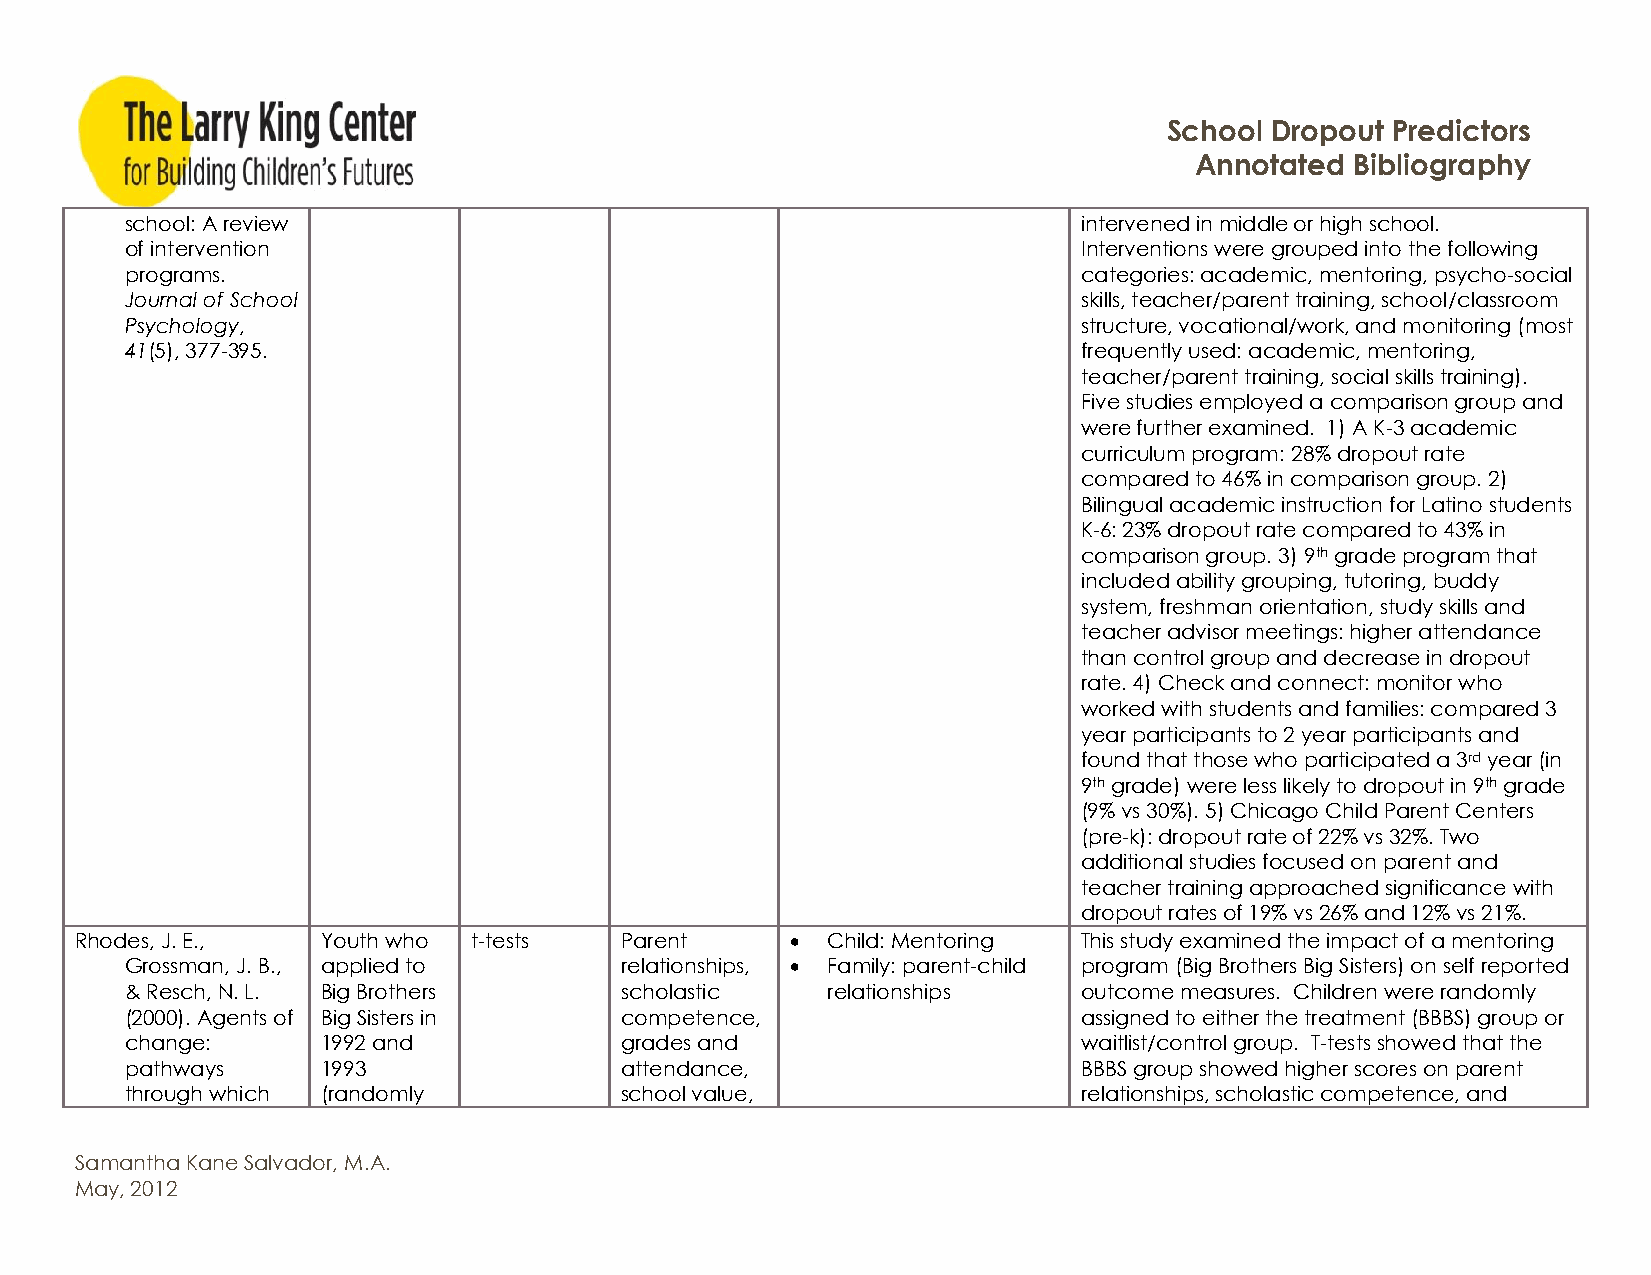
School Dropout Predictors
 Annotated  Bibliography
 school: A review                                                intervened in middle or high school.
 of intervention                                                 Interventions were grouped into the following
 programs.                                                       categories: academic, mentoring, psycho-social
 Journal of School                                               skills, teacher/parent training, school/classroom
 Psychology,                                                     structure, vocational/work, and monitoring (most
 41(5), 377-395.                                                 frequently used: academic, mentoring,
 teacher/parent training, social skills training).
 Five studies employed a comparison group and
 were further examined. 1) A K-3 academic
 curriculum program: 28% dropout rate
 compared to 46% in comparison group. 2)
 Bilingual academic instruction for Latino students
 K-6: 23% dropout rate compared to 43% in
 comparison group. 3) 9th grade program that
 included ability grouping, tutoring, buddy
 system, freshman orientation, study skills and
 teacher advisor meetings: higher attendance
 than control group and decrease in dropout
 rate. 4) Check and connect: monitor who
 worked with students and families: compared 3
 year participants to 2 year participants and
 found that those who participated a 3rd year (in
 9th grade) were less likely to dropout in 9th grade
 (9% vs 30%). 5) Chicago Child Parent Centers
 (pre-k): dropout rate of 22% vs 32%. Two
 additional studies focused on parent and
 teacher training approached significance with
 dropout rates of 19% vs 26% and 12% vs 21%.
 Rhodes, J. E.,  Youth who t-tests   Parent       Child: Mentoring This study examined the impact of a mentoring
 Grossman, J. B., applied to      relationships,  Family: parent-child program (Big Brothers Big Sisters) on self reported
 & Resch, N. L. Big Brothers      scholastic    relationships    outcome measures. Children were randomly
 (2000). Agents of Big Sisters in competence,                    assigned to either the treatment (BBBS) group or
 change:      1992 and            grades and                     waitlist/control group. T-tests showed that the
 pathways     1993                attendance,                    BBBS group showed higher scores on parent
 through which (randomly          school value,                  relationships, scholastic competence, and
 Samantha Kane Salvador, M.A.
 May, 2012